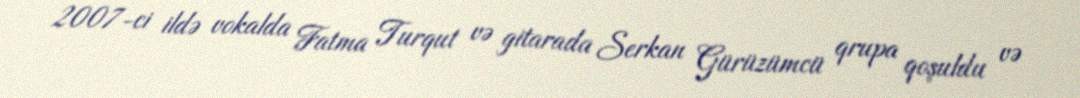
2007-ci ildə vokalda Fatma Turqut və gitarada Serkan Gürüzümcü qrupa qoşuldu və